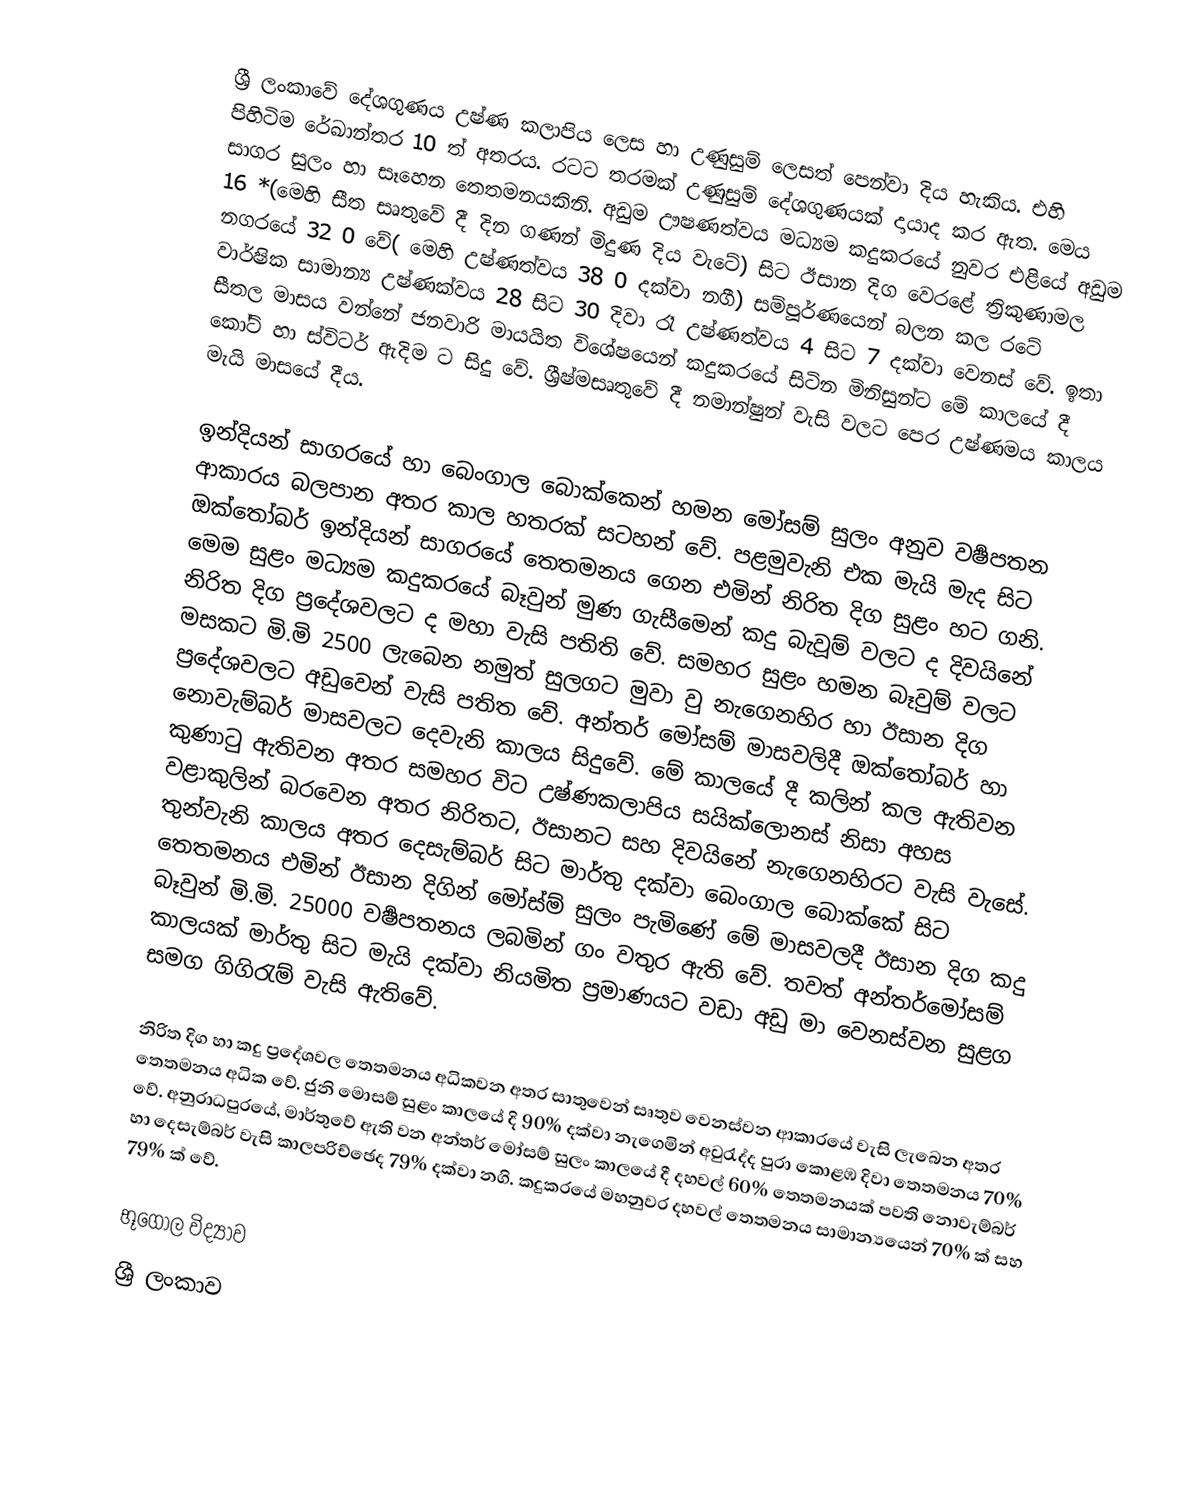
ශ්‍රී ලංකාවේ දේශගුණය උෂ්ණ කලාපිය ලෙස හා උණුසුම් ලෙසත් පෙන්වා දිය හැකිය. එහි පිහිටිම රේඛාන්තර  10 ත් අතරය. රටට තරමක් උණුසුම් දේශගුණයක් දායාද කර ඇත. මෙය සාගර සුලං හා සෑහෙන තෙතමනයකිනි.  අඩුම ඌෂණත්වය මධ්‍යම කදුකරයේ නුවර එළියේ අඩුම 16   *(මෙහි සීත සෘතු‍වේ දී දින ගණන් මිදුණ දිය වැටේ) සිට ඊසාන දිග වෙරළේ ත්‍රිකුණාමල නගරයේ 32 0 වේ( මෙහි උෂ්ණත්වය 38 0 දක්වා නගී) සම්පූර්ණයෙන් බලන කල රටේ වාර්ෂික සාමාන්‍ය උෂ්ණක්වය 28 සිට 30  දිවා රෑ උෂ්ණත්වය 4 සිට 7 දක්වා වෙනස් වේ. ඉතා සීතල මාසය වන්නේ ජනවාරි මායයිත විශේෂයෙන් කදුකරයේ සිටින මිනිසුන්ට  මේ කාලයේ දී කෝට් හා ‍ස්විටර් ඇදිම ට සිදු වේ. ශ්‍රීෂ්මසෘතුවේ දී නමාන්ෂුන් වැසි වලට  පෙර උෂ්ණමය කාලය මැයි මාසයේ දීය.

ඉන්දියන් සාගරයේ හා බෙංගාල බොක්කෙන් හමන මෝසම් සුලං අනුව වර්‍ෂපතන ආකාරය බලපාන අතර කාල හතරක් සටහන් වේ. පළමුවැනි එක මැයි මැද සිට ඔක්තෝබර් ඉන්දියන් සාග‍රයේ තෙතමනය ගෙන එමින් නිරිත දිග සුළං හට ගනි. මෙම සුළං මධ්‍යම කදුකරයේ බෑවුන් මුණ ගැසීමෙන් කදු බැවූම් වලට ද දිව‍යිනේ නිරිත දිග ප්‍රදේශවලට ද මහා වැසි පතිති වේ. සමහර සුළං හමන බෑවුම් වලට මසකට මි.මි 2500 ලැබෙන නමුත් සුලගට මුවා වු නැගෙනහිර හා ඊසාන දිග ප්‍රදේශවලට අඩුවෙන් වැසි පතිත වේ. අන්තර් මෝසම් මාසවලිදී ඔක්තෝබර්  හා නොවැම්බර් මාසවලට දෙවැනි කාලය සිදුවේ. මේ කාලයේ දී කලින් කල ඇතිවන කුණාටු  ඇතිවන අතර සමහර විට උෂ්ණකලාපිය සයික්ලොනස් නිසා අහස වළාකුලින් බරවෙන අතර නිරිතට, ඊසානට සහ දිව‍යිනේ නැගෙනහිරට වැසි වැසේ. තුන්වැනි කාලය අතර දෙසැම්බර් සිට මාර්තු දක්වා බෙංගාල බොක්කේ සිට තෙතමනය එමින්  ඊසාන දිගින් ‍මෝස්ම් සුලං පැමිණේ මේ මාසවලදී ඊසාන දිග කදු බෑවුන් මි.මි. 25000 වර්‍ෂපතනය ලබමින් ගං වතුර ඇති වේ. තවත් අන්තර්මෝසම් කාලයක් මාර්තු සිට මැයි දක්වා නියමිත ප්‍රමාණයට වඩා අඩු මා වෙනස්වන සුළග සමග  ගිගිරැම් වැසි ඇතිවේ.

නිරිත දිග හා කදු ප්‍රදේශවල තෙතමනය අධිකවන අතර සාතුවෙන් සෘතුව වෙනස්වන ආකාරයේ වැසි ලැබෙන අතර තෙතමනය අධික වේ. ජුනි මොසම් සුළං කාලයේ දි 90% දක්වා නැගෙමින් අවුරැද්ද පුරා කොළඹ දිවා තෙතමනය 70% වේ. අනුරාධපුරයේ, මාර්තුවේ ඇති වන අන්තර් මෝසම් සුලං කාලයේ දී දහවල් 60% තෙතමනයක් පවති නොවැම්බර් ‍හා දෙසැම්බර් වැසි කාලපරිච්ඡෙද 79% දක්වා නගි. කදුකරයේ මහනුවර දහවල් තෙතමනය සාමාන්‍යයෙන් 70% ක් සහ 79% ක් වේ.

භූගෝල විද්‍යාව
ශ්‍රී ලංකාව